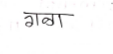
मजकूर: गळा